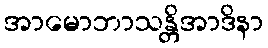
အာမောဘာသန္တိအာဒိနာ